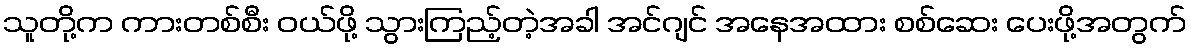
သူတို့က ကားတစ်စီး ဝယ်ဖို့ သွားကြည့်တဲ့အခါ အင်ဂျင် အနေအထား စစ်ဆေး ပေးဖို့အတွက်